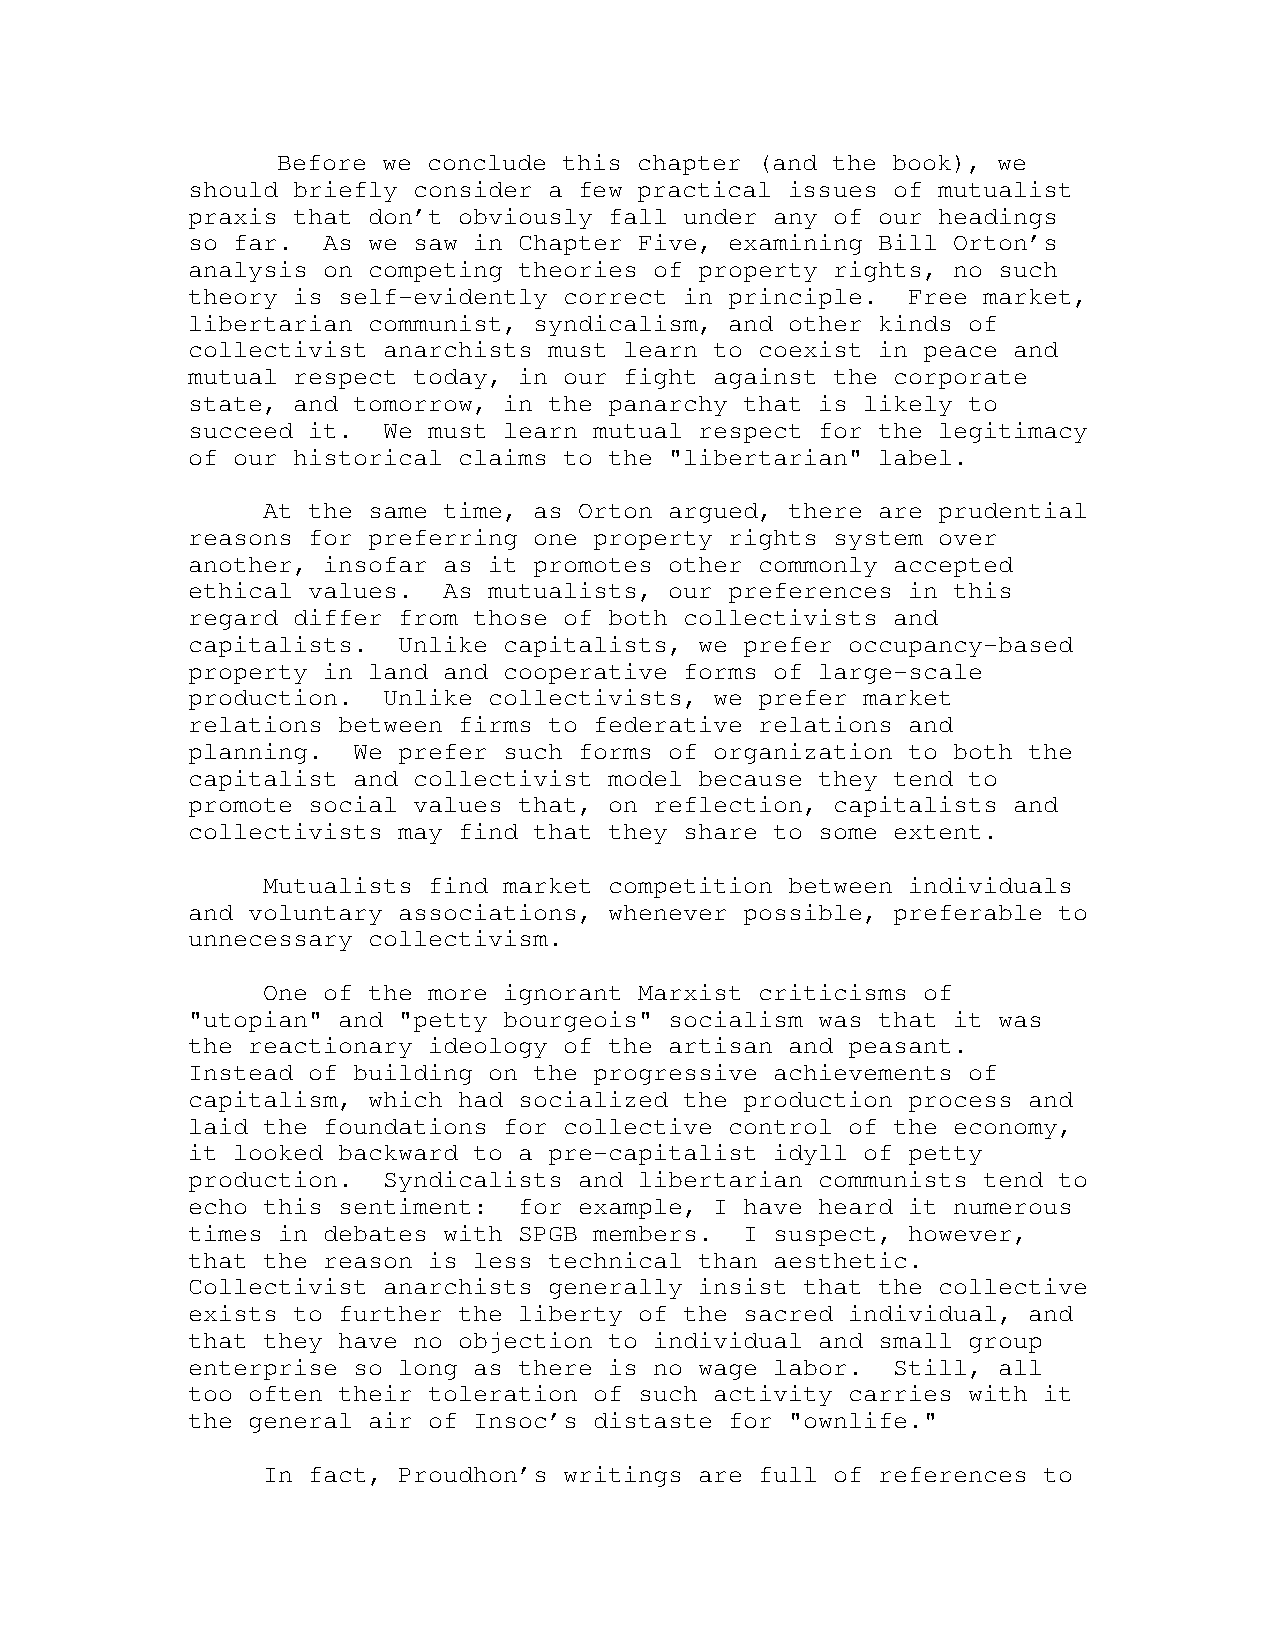
Before we conclude this chapter (and the book), we
 should briefly consider a few practical issues of mutualist
 praxis that don’t obviously fall under any of our headings
 so far.  As we saw in Chapter Five, examining Bill Orton’s
 analysis on competing theories of property rights, no such
 theory is self-evidently correct in principle.  Free market,
 libertarian communist, syndicalism, and other kinds of
 collectivist anarchists must learn to coexist in peace and
 mutual respect today, in our fight against the corporate
 state, and tomorrow, in the panarchy that is likely to
 succeed it.  We must learn mutual respect for the legitimacy
 of our historical claims to the "libertarian" label.
 At the same time, as Orton argued, there are prudential
 reasons for preferring one property rights system over
 another, insofar as it promotes other commonly accepted
 ethical values.  As mutualists, our preferences in this
 regard differ from those of both collectivists and
 capitalists.  Unlike capitalists, we prefer occupancy-based
 property in land and cooperative forms of large-scale
 production.  Unlike collectivists, we prefer market
 relations between firms to federative relations and
 planning.  We prefer such forms of organization to both the
 capitalist and collectivist model because they tend to
 promote social values that, on reflection, capitalists and
 collectivists may find that they share to some extent.
 Mutualists find market competition between individuals
 and voluntary associations, whenever possible, preferable to
 unnecessary collectivism.
 One of the more ignorant Marxist criticisms of
 "utopian" and "petty bourgeois" socialism was that it was
 the reactionary ideology of the artisan and peasant.
 Instead of building on the progressive achievements of
 capitalism, which had socialized the production process and
 laid the foundations for collective control of the economy,
 it looked backward to a pre-capitalist idyll of petty
 production.  Syndicalists and libertarian communists tend to
 echo this sentiment:  for example, I have heard it numerous
 times in debates with SPGB members.  I suspect, however,
 that the reason is less technical than aesthetic.
 Collectivist anarchists generally insist that the collective
 exists to further the liberty of the sacred individual, and
 that they have no objection to individual and small group
 enterprise so long as there is no wage labor.  Still, all
 too often their toleration of such activity carries with it
 the general air of Insoc’s distaste for "ownlife."
 In fact, Proudhon’s writings are full of references to